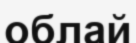
облай